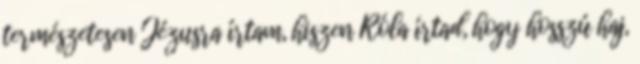
természetesen Jézusra írtam, hiszen Róla írtad, hogy hosszú haj,